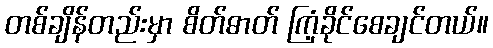
တစ်ချိန်တည်းမှာ စိတ်ဓာတ် ကြံ့ခိုင်စေချင်တယ်။